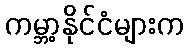
ကမ္ဘာ့နိုင်ငံများက